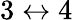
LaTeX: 3\leftrightarrow 4